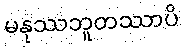
မနုဿဘူတဿာပိ